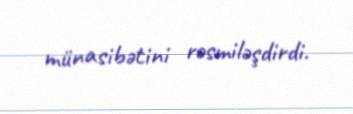
münasibətini rəsmiləşdirdi.